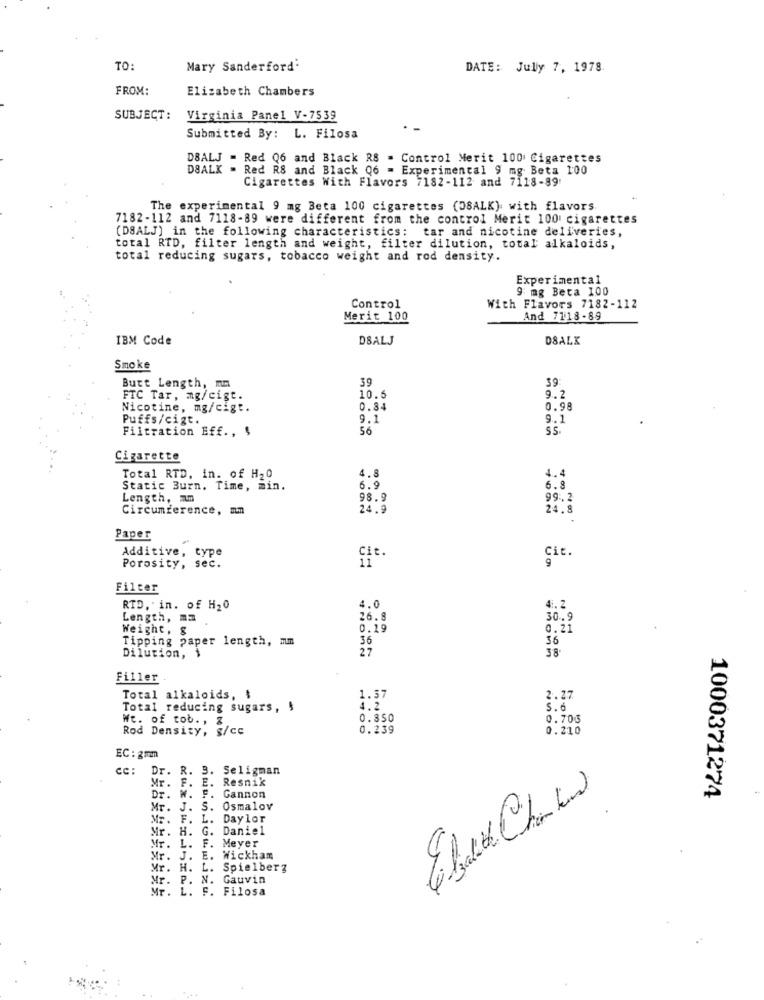
TO:
Mary Sanderford'
DATE: Jully 7, 1978
FROM:
Elizabeth Chambers
SUBJECT: Virginia Panel V-7539
Submitted By: L. Filosa
DBALJ = Red Q6 and Black R8 = Control Merit 100 Cigarettes
DBALK - Red RS and Black Q6 = Experimental 9 mg Beta 100
Cigarettes With Flavors 7182-112 and 7118-89
The experimental 9 mg Beta 100 cigarettes (DSALK) with flavors
7182-112 and 7118-89 were different from the control Merit 100 cigarettes
(DBALJ) in the following characteristics: tar and nicotine deliveries,
total RTD, filter length and weight, filter dilution, total alkaloids,
total reducing sugars, tobacco weight and rod density.
Experimental
9 mg Beta 100
Control
With Flavors 7182-112
Merit 100
And 7118-89
IBM Code
DSALJ
DBALK
Smoke
39
39
Butt Length, mn
9.2
FTC Tar, mg/cigt.
10.5
Nicotine, mg/cigt.
0.84
0.98
Puffs/cigt.
9.1
9 .. 1
Filtration Eff ., $
56
SS.
Cigarette
4.8
4.4
Total RTD. in. of H20
Static Burn. Time, min.
6.9
6.8
Length, am
98.9
99.2
Circumference, mm
24.9
24.8
Paper
Additive, type
Cit.
Cit.
11
9
Porosity, sec.
Filter
RTD. in. of H20
4.0
4 :. 2
Length, ma
26.8
30.9
Weight, $
0.19
0.21
Tipping paper length, mm
36
36
27
38.
Dilution, $
Filler
Total alkaloids, $
1.57
2.27
Total reducing sugars, $
4.2
5.6
Wt. of tob ., &
0.350
0.706
Rod Density, g/cc
0.239
0.210
EC : 2mmmm
cc: Dr. R. 3. Seligman
Mr.
F.
Resnik
E.
Dr. W. F. Gannon
1000371274
Mr. J. S. Osmalov
MR.
L.
Day lor
Mr. H. G.
Daniel
Mr.
F.
L.
Meyer
Mr. J. E
Wickham
Mr. H. L. Spielberg
Mr. P. N. Gauvin
Mr. L. F. Filosa